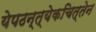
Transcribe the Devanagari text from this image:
येपठन्त्येकचित्तेन